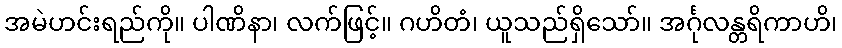
အမဲဟင်းရည်ကို။ ပါဏိနာ၊ လက်ဖြင့်။ ဂဟိတံ၊ ယူသည်ရှိသော်။ အင်္ဂုလန္တရိကာဟိ၊